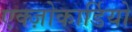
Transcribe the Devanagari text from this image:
एक्ज़ोकार्डियो